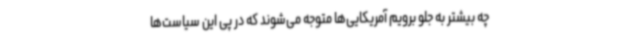
چه بیشتر به جلو برویم آمریکایی‌ها متوجه می‌شوند که در پی این سیاست‌ها